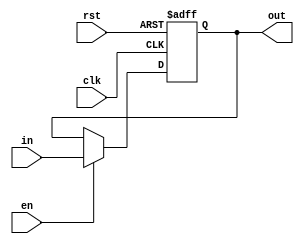
`timescale 1ns / 1ns

module reg_32(
    input [31:0] in,
    input clk, rst, en,
    output reg [31:0] out
);

    always@(posedge clk, posedge rst) begin
    	if(rst)
    		out <= 0;
    	else if(en)
    		out <= in;
    end

endmodule